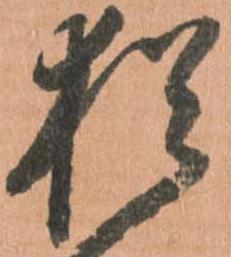
猶